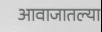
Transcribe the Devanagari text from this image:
आवाजातल्या